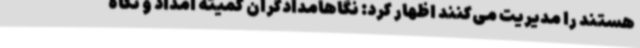
هستند را مدیریت می‌کنند اظهار کرد: نگاهامدادگران کمیته امداد و نگاه